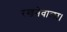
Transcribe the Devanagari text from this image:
रखनेवाला।